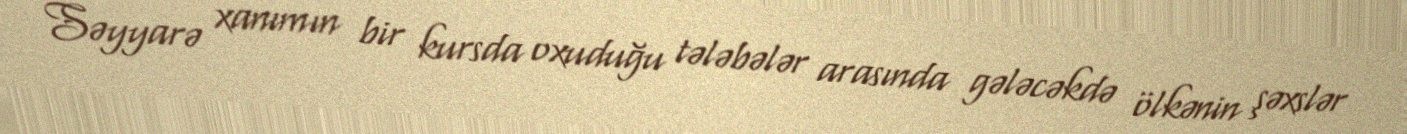
Səyyarə xanımın bir kursda oxuduğu tələbələr arasında gələcəkdə ölkənin şəxslər